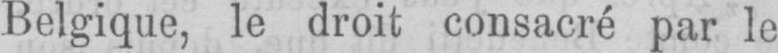
Belgique, le droit consacré par le